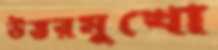
উত্তরমুখো